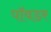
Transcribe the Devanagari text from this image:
पॉवडर